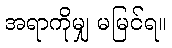
အရာကိုမျှ မမြင်ရ။